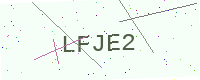
Text: LFJE2